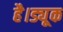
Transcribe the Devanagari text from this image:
है।ड्यूक